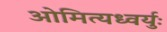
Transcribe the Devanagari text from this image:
ओमित्यध्वर्युः